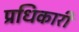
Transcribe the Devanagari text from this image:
प्रधिकारी